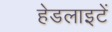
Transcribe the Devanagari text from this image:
हेडलाइटें